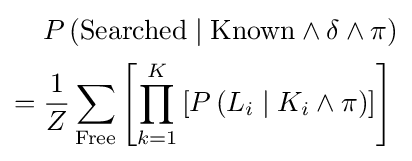
{\begin{aligned}&P\left({\text{Searched}}\mid {\text{Known}}\wedge \delta \wedge \pi \right)\\={}&{\frac {1}{Z}}\sum _{\text{Free}}\left[\prod _{k=1}^{K}\left[P\left(L_{i}\mid K_{i}\wedge \pi \right)\right]\right]\end{aligned}}